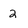
Character: 2